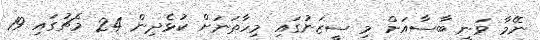
ނޭމާ ވަނީ ބާސާއަށް މި ސީޒަނުގައި މިހާތަނަށް ކުޅެދިން 24 މެޗުގައި 19